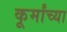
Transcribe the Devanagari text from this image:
कूर्मांच्या